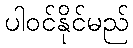
ပါဝင်နိုင်မည်